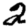
Digit: 2